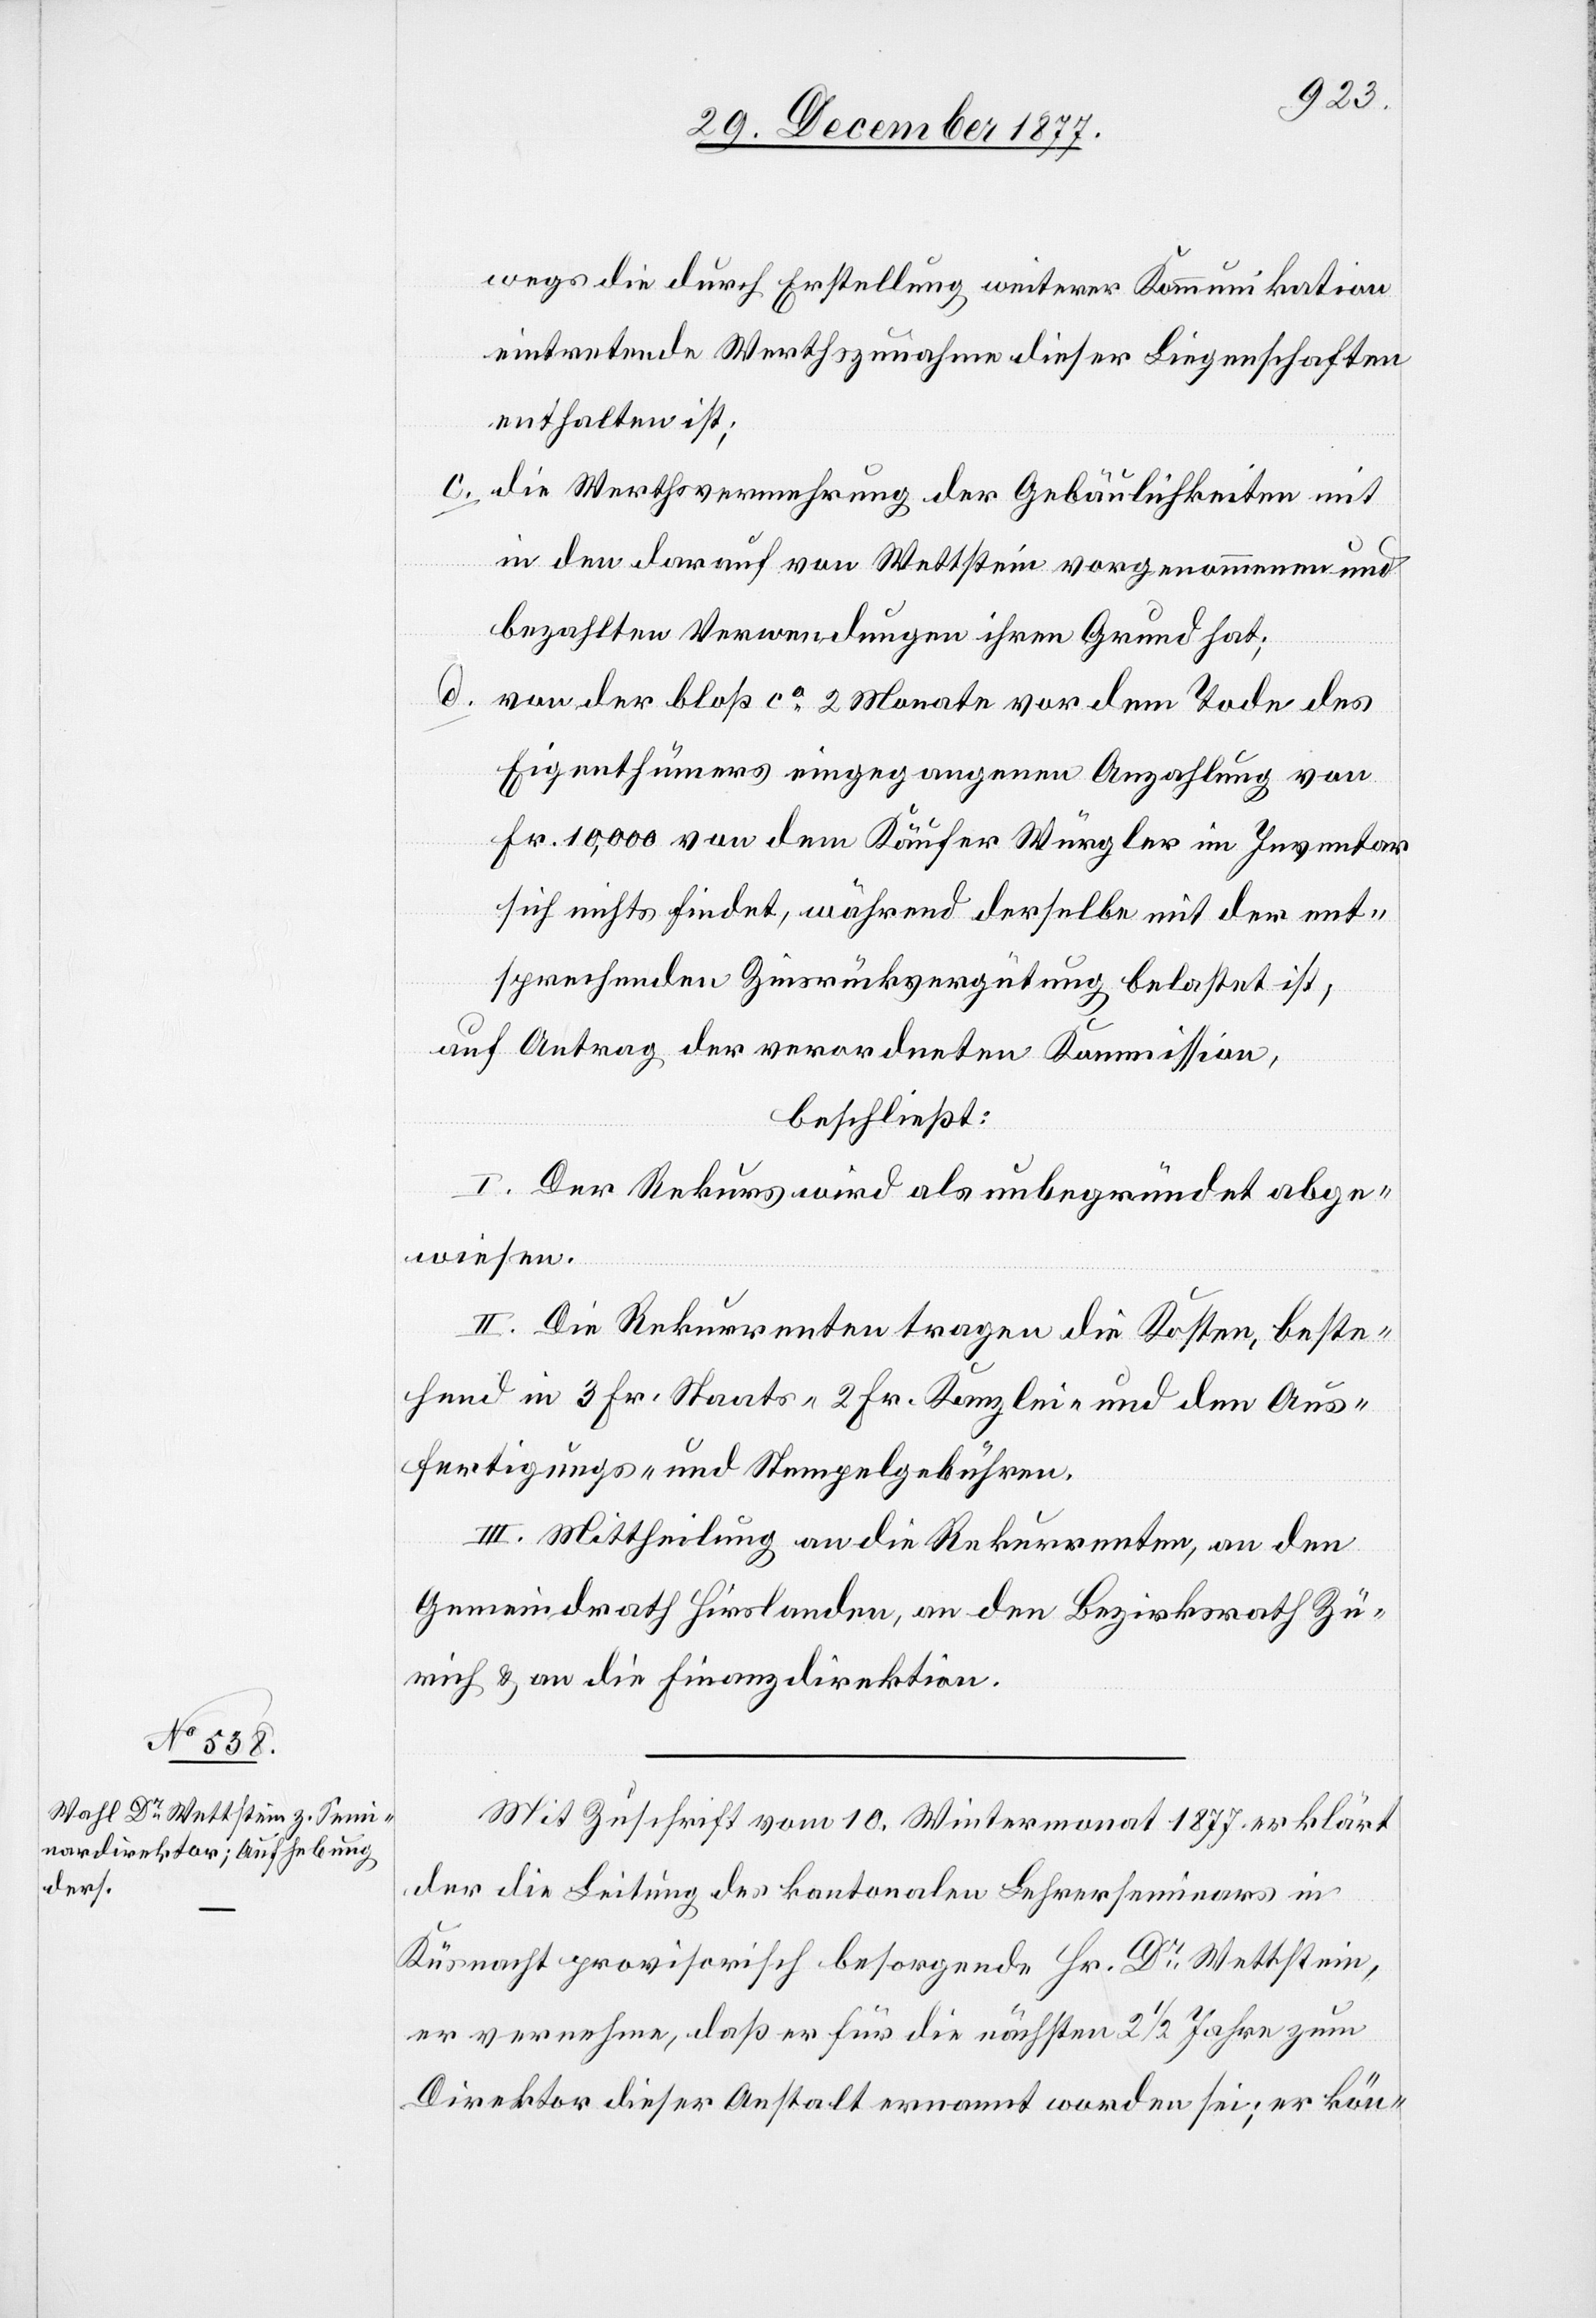
wegs die durch Erstellung weiterer Kommunikation
eintretende Werthszunahme dieser Liegenschaften
enthalten ist;
die Werthsvermehrung der Gebäulichkeiten mit
in den darauf von Wettstein vorgenommenen und
bezahlten Verwendungen ihren Grund hat;
von der bloß ca 2 Monate vor dem Tode des
Eigenthümers eingegangenen Anzahlung von
Fr. 10,000 von dem Käufer Würgler im Inventar
sich nichts findet, während derselbe mit der ent¬
sprechenden Zinsrückvergütung belastet ist;
auf Antrag der verordneten Kommission,
beschließt:
I. Der Rekurs wird als unbegründet abge¬
wiesen.
II. Die Rekurrenten tragen die Kosten, beste¬
hend in 3 Fr. Staats-[,] 2 Fr. Kanzlei- und den Aus¬
fertigungs- und Stempelgebühren.
III. Mittheilung an die Rekurrenten, an den
Gemeindrath Hirslanden, an den Bezirksrath Zü¬
rich & an die Finanzdirektion.
Mit Zuschrift vom 10. Wintermonat 1877 erklärt
der die Leitung des kantonalen Lehrerseminars in
Küsnacht provisorisch besorgende Hr. Dr Wettstein,
er vernehme, daß er für die nächsten 2 1/2 Jahre zum
Direktor dieser Anstalt ernannt worden sei; er kön-